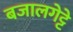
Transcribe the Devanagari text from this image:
बजालगेट्टे